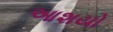
આશયો